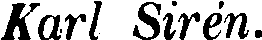
Karl Sirén.